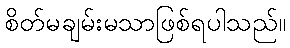
စိတ်မချမ်းမသာဖြစ်ရပါသည်။